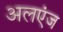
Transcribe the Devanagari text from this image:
अलएंज